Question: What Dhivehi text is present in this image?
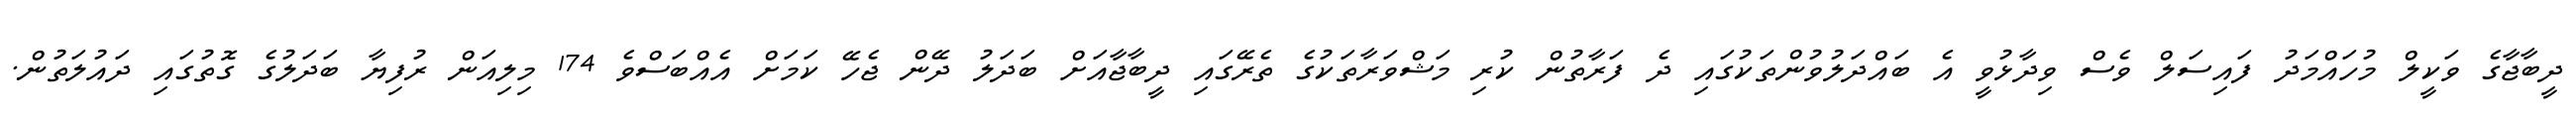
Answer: ދީބާޖާގެ ވަކީލް މުހައްމަދު ފައިސަލް ވެސް ވިދާޅުވީ އެ ބައްދަލުވުންތަކުގައި ދެ ފަރާތުން ކުރި މަޝްވަރާތަކުގެ ތެރޭގައި ދީބާޖާއަށް ބަދަލު ދޭން ޖެހޭ ކަމަށް އެއްބަސްވެ 174 މިލިއަން ރުފިޔާ ބަދަލުގެ ގޮތުގައި ދައުލަތުން.